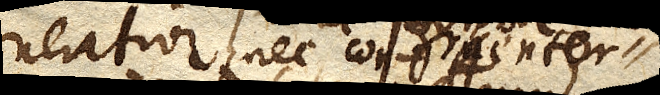
neratios, nec congruenter